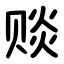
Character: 赕